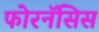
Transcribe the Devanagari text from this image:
फोरनॅसिस